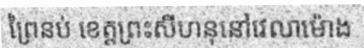
ព្រៃនប់ ខេត្តព្រះសីហនុនៅវេលាម៉ោង